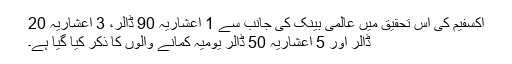
آکسفیم کی اس تحقیق میں عالمی بینک کی جانب سے 1 اعشاریہ 90 ڈالر، 3 اعشاریہ 20
ڈالر اور 5 اعشاریہ 50 ڈالر یومیہ کمانے والوں کا ذکر کیا گیا ہے۔